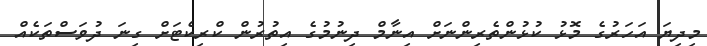
މިދިޔަ އަހަރުގެ މޮޅު ކުޅުންތެރިންނަށް އިނާމް ދިނުމުގެ އިތުރުން ކްރިކެޓަށް ގިނަ ދުވަސްތަކެއް